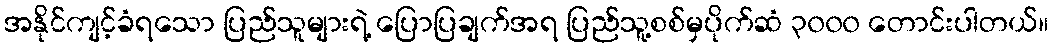
အနိုင်ကျင့်ခံရသော ပြည်သူများရဲ့ ပြောပြချက်အရ ပြည်သူ့စစ်မှပိုက်ဆံ ၃၀၀၀ တောင်းပါတယ်။